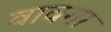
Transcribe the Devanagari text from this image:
वावगा